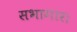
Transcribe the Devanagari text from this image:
सभागार।